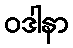
ဝဒါနာ